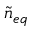
\tilde { n } _ { e q }